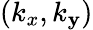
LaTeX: (k_{x},k_{\mathbf{y}})